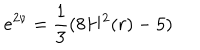
e ^ { 2 \nu } = \frac { 1 } { 3 } ( 8 H ^ { 2 } ( r ) - 5 )